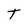
Character: T